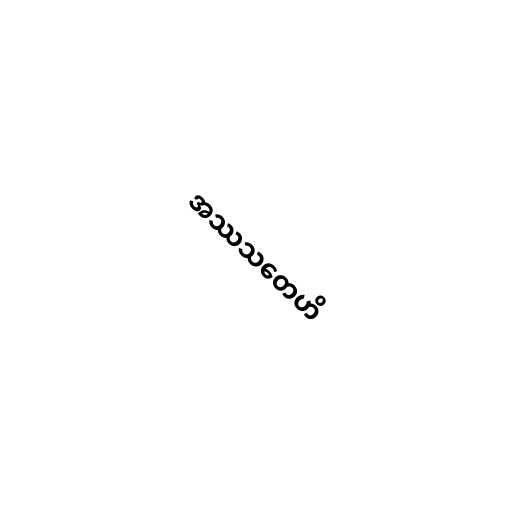
အဿသတေဟိ